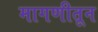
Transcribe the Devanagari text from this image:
मागणीतून